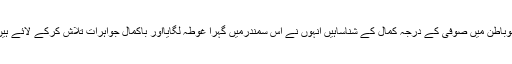
افضل رضوی ؔجوباطن میں صوفی کے درجہ کمال کے شناساہیں انہوں نے اس سمندرمیں گہرا غوطہ لگایااور باکمال جواہرات تلاش کرکے لائے ہیں وہ لکھتے ہیں۔